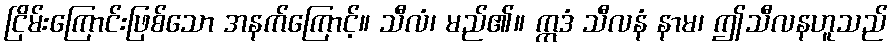
ငြိမ်းကြောင်းဖြစ်သော အနက်ကြောင့်။ သီလံ၊ မည်၏။ ဣဒံ သီလနံ နာမ၊ ဤသီလနဟူသည်